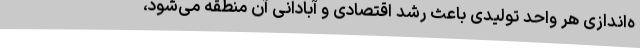
ه‌اندازی هر واحد تولیدی باعث رشد اقتصادی و آبادانی آن منطقه می‌شود،